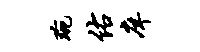
琬佑庠